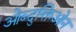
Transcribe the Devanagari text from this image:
ओब्दुक्तिओन